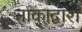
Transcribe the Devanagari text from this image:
नाकाद्वारा